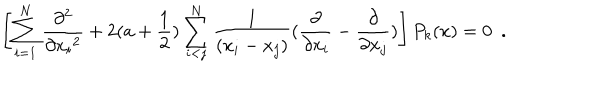
\left[ \sum _ { i = 1 } ^ { N } \frac { \partial ^ { 2 } } { \partial { x _ { i } } ^ { 2 } } + 2 ( a + \frac { 1 } { 2 } ) \sum _ { i < j } ^ { N } \frac { 1 } { ( x _ { i } - x _ { j } ) } ( \frac { \partial } { \partial x _ { i } } - \frac { \partial } { \partial x _ { j } } ) \right] P _ { k } ( x ) = 0 \, \, \, .